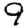
Digit: 9